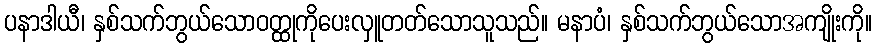
ပနာဒါယီ၊ နှစ်သက်ဘွယ်သောဝတ္ထုကိုပေးလှူတတ်သောသူသည်။ မနာပံ၊ နှစ်သက်ဘွယ်သောအကျိုးကို။